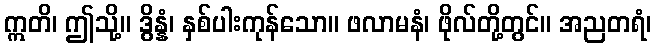
ဣတိ၊ ဤသို့။ ဒွိန္နံ၊ နှစ်ပါးကုန်သော။ ဖလာမနံ၊ ဖိုလ်တို့တွင်။ အညတရံ၊